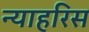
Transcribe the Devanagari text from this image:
न्याहरिस